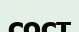
сост